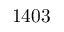
1 4 0 3